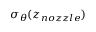
\sigma _ { \theta } ( z _ { n o z z l e } )